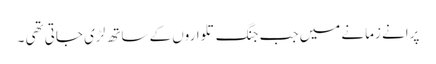
پرانے زمانے میں جب جنگ تلواروں کے ساتھ لڑی جاتی تھی ۔